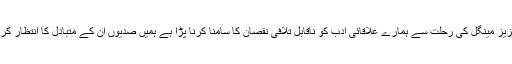
پروفیسر عزیز مینگل کی رحلت سے ہمارے علاقائی ادب کو ناقابل تلافی نقصان کا سامنا کرنا پڑا ہے ہمیں صدیوں اُن کے متبادل کا انتظار کرنا پڑے گا۔